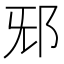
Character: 𨚁